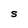
Character: S